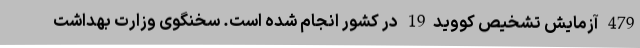
479 آزمایش تشخیص کووید19 در کشور انجام شده است. سخنگوی وزارت بهداشت